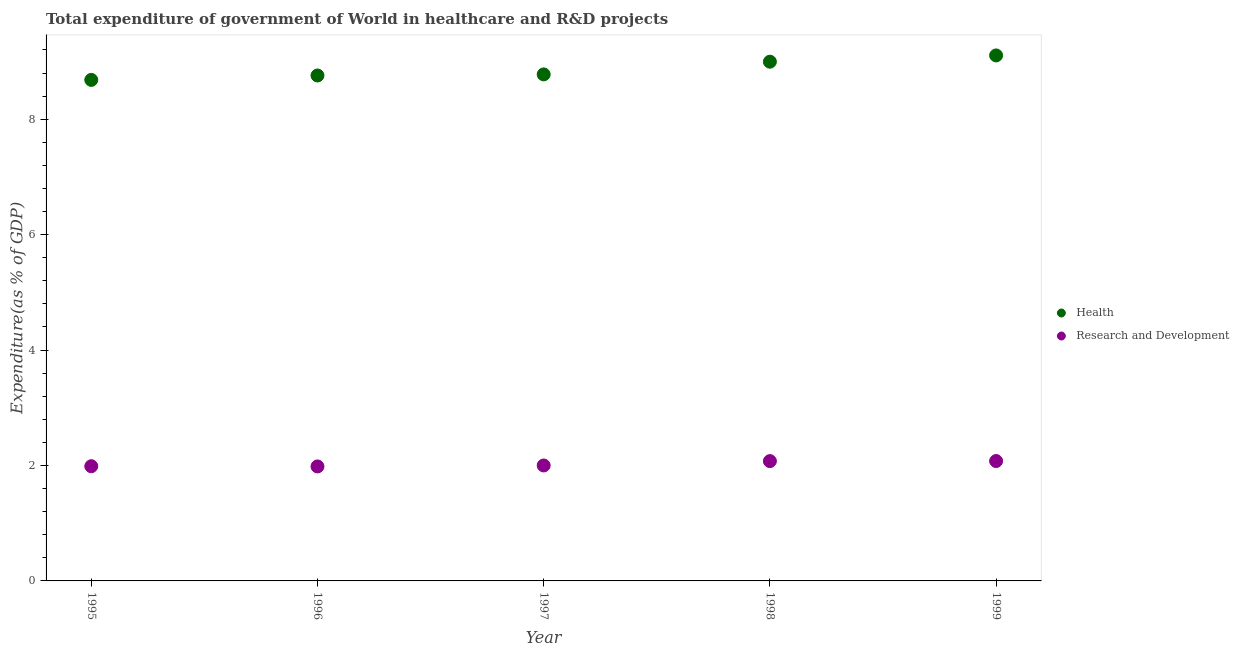
| Year | Health | Research and Development |
 | --- | --- | --- |
 | 1995 | 8.68 | 1.99 |
 | 1996 | 8.76 | 1.98 |
 | 1997 | 8.78 | 2 |
 | 1998 | 9 | 2.08 |
 | 1999 | 9.11 | 2.08 |